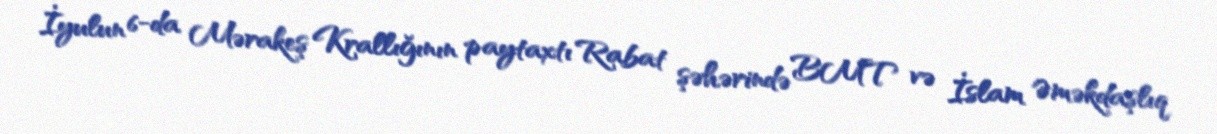
İyulun 6-da Mərakeş Krallığının paytaxtı Rabat şəhərində BMT və İslam Əməkdaşlıq